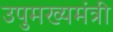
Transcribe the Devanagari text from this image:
उपुमख्यमंत्री